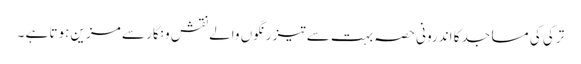
ترکی کی مساجد کا اندرونی حصہ بہت سے تیز رنگوں والے نقش و نگار سے مزین ہوتا ہے ۔